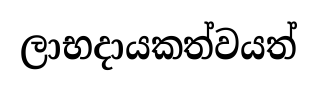
ලාභදායකත්වයත්